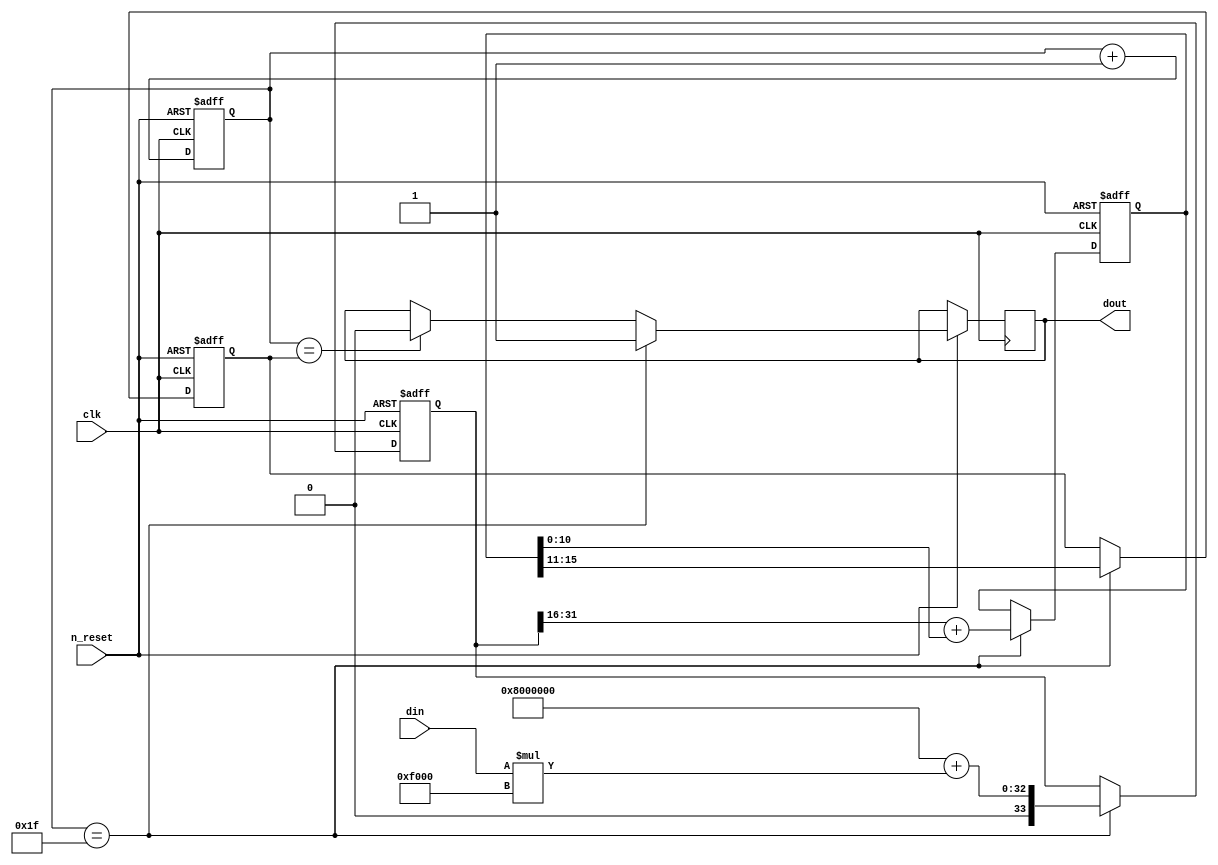
module hybrid_pwm_sd
(
	input clk,
	input n_reset,
	input [15:0] din,
	output dout
);

reg [4:0] pwmcounter;
reg [4:0] pwmthreshold;
reg [33:0] scaledin;
reg [15:0] sigma;
reg out;

assign dout=out;

always @(posedge clk, negedge n_reset) // FIXME reset logic;
begin
	if(!n_reset)
	begin
		sigma<=16'b00000100_00000000;
		pwmthreshold<=5'b10000;
        pwmcounter<=5'd0;
        scaledin<=34'd0;
	end
	else
	begin
		pwmcounter<=pwmcounter+1;

		if(pwmcounter==pwmthreshold)
			out<=1'b0;

		if(pwmcounter==5'b11111) // Update threshold when pwmcounter reaches zero
		begin
			// Pick a new PWM threshold using a Sigma Delta
			scaledin<=33'd134217728 // (1<<(16-5))<<16, offset to keep centre aligned.
				+({1'b0,din}*61440); // 30<<(16-5)-1;
			sigma<=scaledin[31:16]+{5'b000000,sigma[10:0]};	// Will use previous iteration's scaledin value
			pwmthreshold<=sigma[15:11]; // Will lag 2 cycles behind, but shouldn't matter.
			out<=1'b1;
		end

	end
end

endmodule